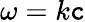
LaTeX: \omega=k\mathtt{c}